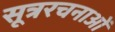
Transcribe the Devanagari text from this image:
सूत्ररचनाओं